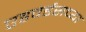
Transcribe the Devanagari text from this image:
एडवर्डसच्या